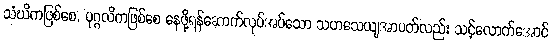
သံဃိကဖြစ်စေ, ပုဂ္ဂလိကဖြစ်စေ နေဖို့ရန်ဆောက်လုပ်အပ်သော သဟသေယျအာပတ်လည်း သင့်လောက်အောင်